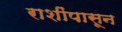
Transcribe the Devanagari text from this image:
राशींपासून